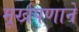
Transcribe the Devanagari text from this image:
मूर्खपणाने